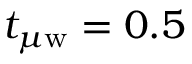
t _ { \mu \mathrm { w } } = 0 . 5